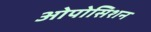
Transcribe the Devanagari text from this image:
ओपोसिशन